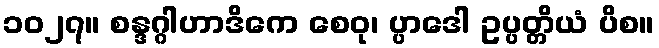
၁၀၂၇။ စန္ဒဂ္ဂါဟာဒိကေ စေဝု၊ ပ္ပာဒေါ ဥပ္ပတ္တိယံ ပိစ။